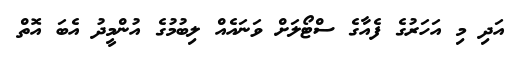
އަދި މި އަހަރުގެ ފެއާގެ ސްޓޯލަށް ވަނައެއް ލިބުމުގެ އުންމީދު އެބަ އޮތް